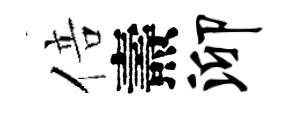
倍燾泖